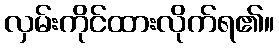
လှမ်းကိုင်ထားလိုက်ရ၏။